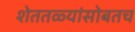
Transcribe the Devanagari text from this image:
शेततळ्यांसोबतच